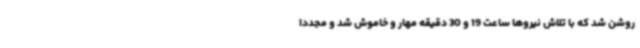
روشن شد که با تلاش نیروها ساعت 19 و 30 دقیقه مهار و خاموش شد و مجددا